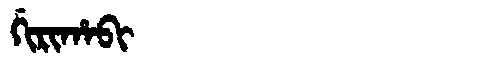
Manchu: ᡤᡳᡵᡳᡥᠠᠪᡳ
Romanization: GIRIHABI